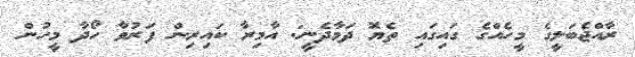
ރާއްޖެބަލީގެ މީހެއްގެ ގައިގައި ތެޔޮ ދަމާދެނީ: އާމިރާ ކައިރިން ފަރުވާ ހޯދާ މީހުން